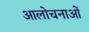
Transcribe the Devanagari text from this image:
आलोचनाआें